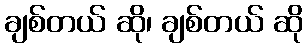
ချစ်တယ် ဆို၊ ချစ်တယ် ဆို